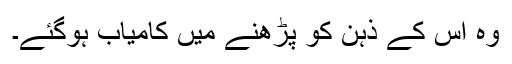
وہ اس کے ذہن کو پڑھنے میں کامیاب ہوگئے۔